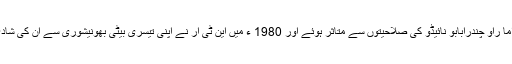
این ٹی راما راؤ چندرابابو نائیڈو کی صلاحیتوں سے متاثر ہوئے اور 1980 ء میں این ٹی آر نے اپنی تیسری بیٹی بھونیشوری سے ان کی شادی کردی۔